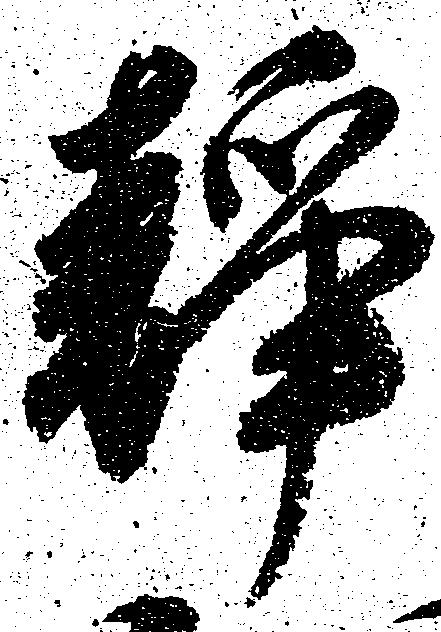
静